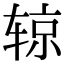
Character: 辌